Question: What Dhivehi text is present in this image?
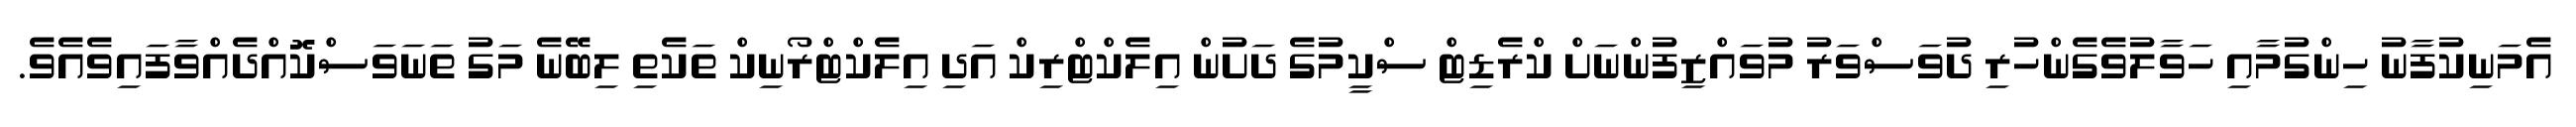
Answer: އެމަނިކުފާނު ހިންގުމާއި ހަވާލުވެގެންހުރި ދުވަސްވަރު މުވައްޒިފުންނަށް ކްރެޑިޓް ސްކީމުގެ ދަށުން އިލެކްޓްރިކް އަދި އިލެކްޓްރޯނިކް ތަކެތި ލިބޭނެ މަގު ތަނަވަސްކޮއްދެއްވާފައިވެއެވެ.